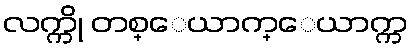
လက္ကို တစ္ေယာက္ေယာက္က